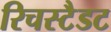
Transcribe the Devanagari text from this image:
रिचस्टैडट